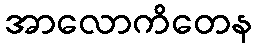
အာလောကိတေန